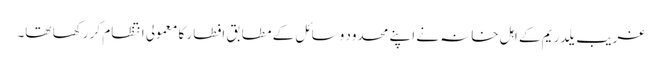
غریب یلدریم کے اہل خانہ نے اپنے محدود وسائل کے مطابق افطار کا معمولی انتظام کر رکھا تھا۔